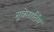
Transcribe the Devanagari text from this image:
सूकेरातिंग